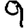
Digit: 9